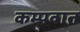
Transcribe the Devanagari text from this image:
कम्पवात